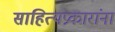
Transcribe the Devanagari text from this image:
साहित्यप्रकारांना